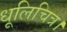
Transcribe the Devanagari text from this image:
धूलिचित्र।